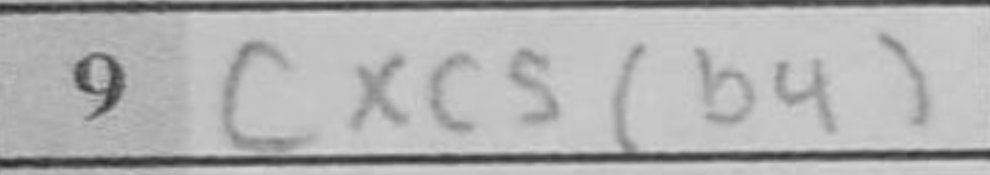
Transcription: cxc5